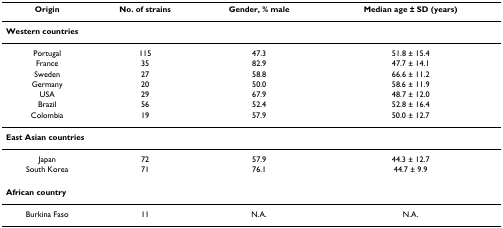
<table><thead><tr><td><b>Origin</b></td><td><b>No. of strains</b></td><td><b>Gender, % male</b></td><td><b>Median age ± SD (years)</b></td></tr></thead><tbody><tr><td colspan="4"><b>Western countries</b></td></tr><tr><td>Portugal</td><td>115</td><td>47.3</td><td>51.8 ± 15.4</td></tr><tr><td>France</td><td>35</td><td>82.9</td><td>47.7 ± 14.1</td></tr><tr><td>Sweden</td><td>27</td><td>58.8</td><td>66.6 ± 11.2</td></tr><tr><td>Germany</td><td>20</td><td>50.0</td><td>58.6 ± 11.9</td></tr><tr><td>USA</td><td>29</td><td>67.9</td><td>48.7 ± 12.0</td></tr><tr><td>Brazil</td><td>56</td><td>52.4</td><td>52.8 ± 16.4</td></tr><tr><td>Colombia</td><td>19</td><td>57.9</td><td>50.0 ± 12.7</td></tr><tr><td colspan="4"><b>East Asian countries</b></td></tr><tr><td>Japan</td><td>72</td><td>57.9</td><td>44.3 ± 12.7</td></tr><tr><td>South Korea</td><td>71</td><td>76.1</td><td>44.7 ± 9.9</td></tr><tr><td colspan="4"><b>African country</b></td></tr><tr><td>Burkina Faso</td><td>11</td><td>N.A.</td><td>N.A.</td></tr></tbody></table>